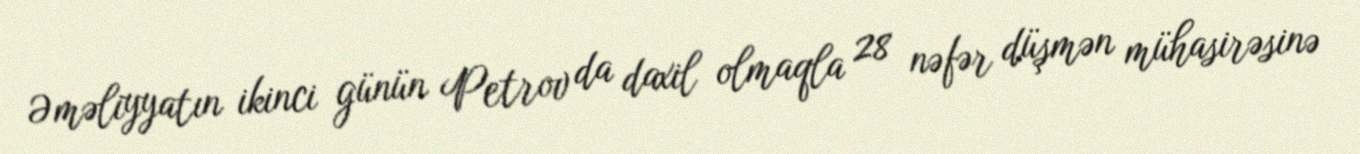
Əməliyyatın ikinci günün Petrov da daxil olmaqla 28 nəfər düşmən mühasirəsinə